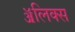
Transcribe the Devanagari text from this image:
ॲलिक्स